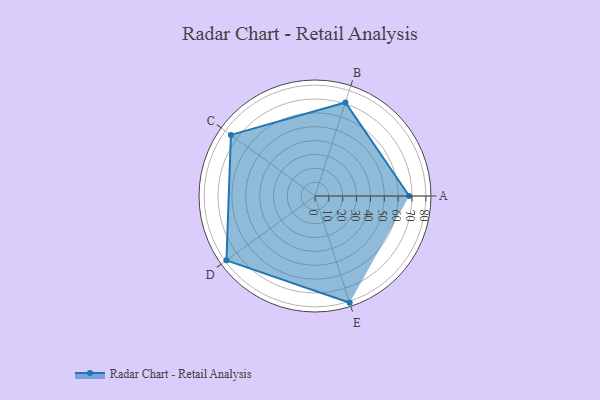
{"axis": {"x": "Skill", "y": "Score"}, "legend": ["Profile"], "data": [{"x": "A", "y": 68.0, "type": "Profile"}, {"x": "B", "y": 71.0, "type": "Profile"}, {"x": "C", "y": 75.0, "type": "Profile"}, {"x": "D", "y": 79.0, "type": "Profile"}, {"x": "E", "y": 81.0, "type": "Profile"}]}